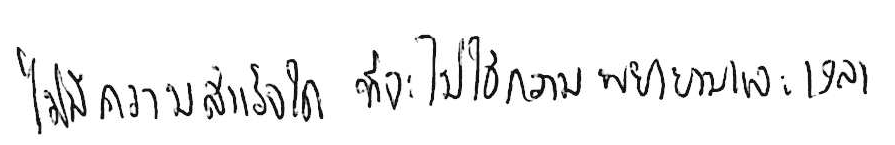
ไม่มีความสำเร็จใด ที่จะไม่ใช้ความพยายามและเวลา